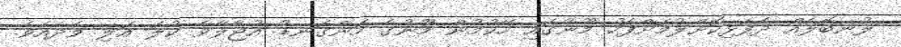
ލުނބޮލެއް ދެފަޅިކޮށްލުމަށްފަހު މޫނުގައި ހޭކުމުން މޫނުގެ ހަންގަނޑު އުޖާލާވެ ކުލަ އަލި ވެދެއެވެ.